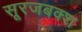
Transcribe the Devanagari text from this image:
सूरजबक्श